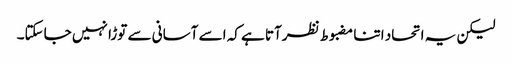
لیکن یہ اتحاد اتنا مضبوط نظرآتا ہے کہ اسے آسانی سے توڑا نہیں جاسکتا۔